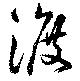
渡